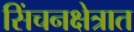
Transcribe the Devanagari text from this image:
सिंचनक्षेत्रात